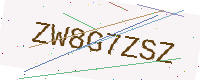
Text: ZW8G7ZSZ